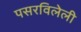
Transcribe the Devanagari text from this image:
पसरविलेली